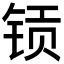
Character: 𮸉